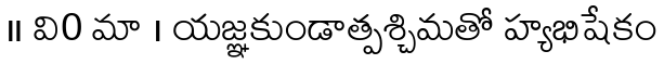
॥ వి0 మా । యజ్ఞకుండాత్పశ్చిమతో హ్యభిషేకం